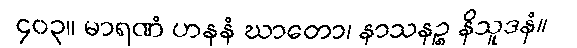
၄၀၃။ မာရဏံ ဟနနံ ဃာတော၊ နာသနဉ္စ နိသူဒနံ။